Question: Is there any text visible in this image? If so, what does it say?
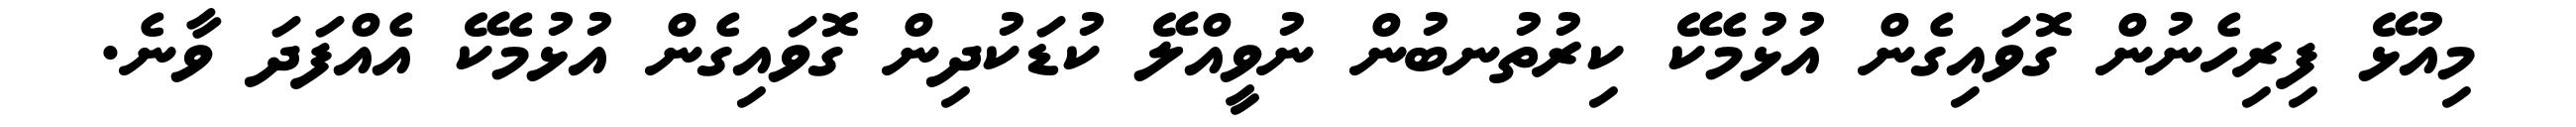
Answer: މިއުޅޭ ފިރިހެނުން ގޮވައިގެން އުޅުމެކޭ ކިރުތުނބުން ނުވީއްލޭ ކުޑަކުދިން ގޮވައިގެން އުޅުމެކޭ އެއްފަދަ ވާނެ.